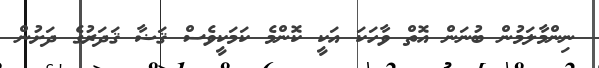
ނިންމާލަމުން ބުނަން އޮތް ވާހަކަ އަކީ ކޮންމެ ކަމަކީވެސް ޤަޟާ ޤަދަރުގެ ދަށުން